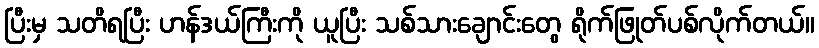
ပြီးမှ သတိရပြီး ဟန်ဒယ်ကြီးကို ယူပြီး သစ်သားချောင်းတွေ ရိုက်ဖြုတ်ပစ်လိုက်တယ်။